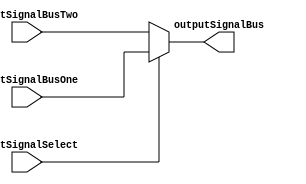
/**************************************************************************************************
*                  <2019> Interceptor
*          Please refer to license.txt for the 
*          legal contents of this software build
***************************************************************************************************
*Project:          Verilog Modules
*Description:      This file takes three inputs, two buses and one select to select a bus output
***************************************************************************************************
*Change History:
*   Version        Date            Author          Description
*   -------        ----            ------          -----------
*   1.0            29/01/18        Rubber-Duck-999 Creation of file
*
***************************************************************************************************
*Logic table:
*   Input 1  |     Input 2    |     Select     |    Output
*   -----    |     -----      |     -----      |    ------
*   00       |       11       |       0        |    11
*   01       |       10       |       0        |    10
*   10       |       01       |       0        |    01
*   11       |       00       |       1        |    11
*
***************************************************************************************************
*Parameters:
*   Name             Direction       Description
*   ----             ---------       ----
*   inputSignalOne   Input           This is the first input signal
*   inputSignalTwo   Input           This is the second input signal
*   inputSignalThree Input           This is the third input signal
*   outputSignalBus  Output          This is the output boolean signal 
*
***************************************************************************************************/
module MUX2_2
(
    inputSignalBusOne,
    inputSignalBusTwo,
	inputSignalSelect,
    outputSignalBus
);

input  [1:0]  inputSignalBusOne;
input  [1:0]  inputSignalBusTwo;
input         inputSignalSelect;

output [1:0]  outputSignalBus;

assign outputSignalBus = (inputSignalSelect) ? inputSignalBusOne: inputSignalBusTwo;

endmodule